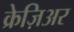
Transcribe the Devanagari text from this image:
क्रेज़िअर